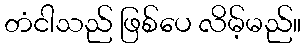
တံငါသည် ဖြစ်ပေ လိမ့်မည်။